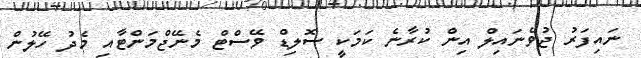
ނައިފަރު ޖުވެނައިލް އިން ކުރާނެ ކަމަކީ ސޮލިޑް ވޭސްޓް މެނޭޖްމަންޓާއި މެދު ހޭލުން